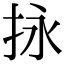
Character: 𢫕